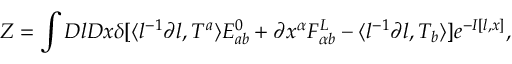
{ \cal Z } = \int { \cal D } l { \cal D } x \delta [ \langle l ^ { - 1 } \partial l , T ^ { a } \rangle E _ { a b } ^ { 0 } + \partial x ^ { \alpha } F _ { \alpha b } ^ { L } - \langle l ^ { - 1 } \partial l , T _ { b } \rangle ] e ^ { - I [ l , x ] } ,